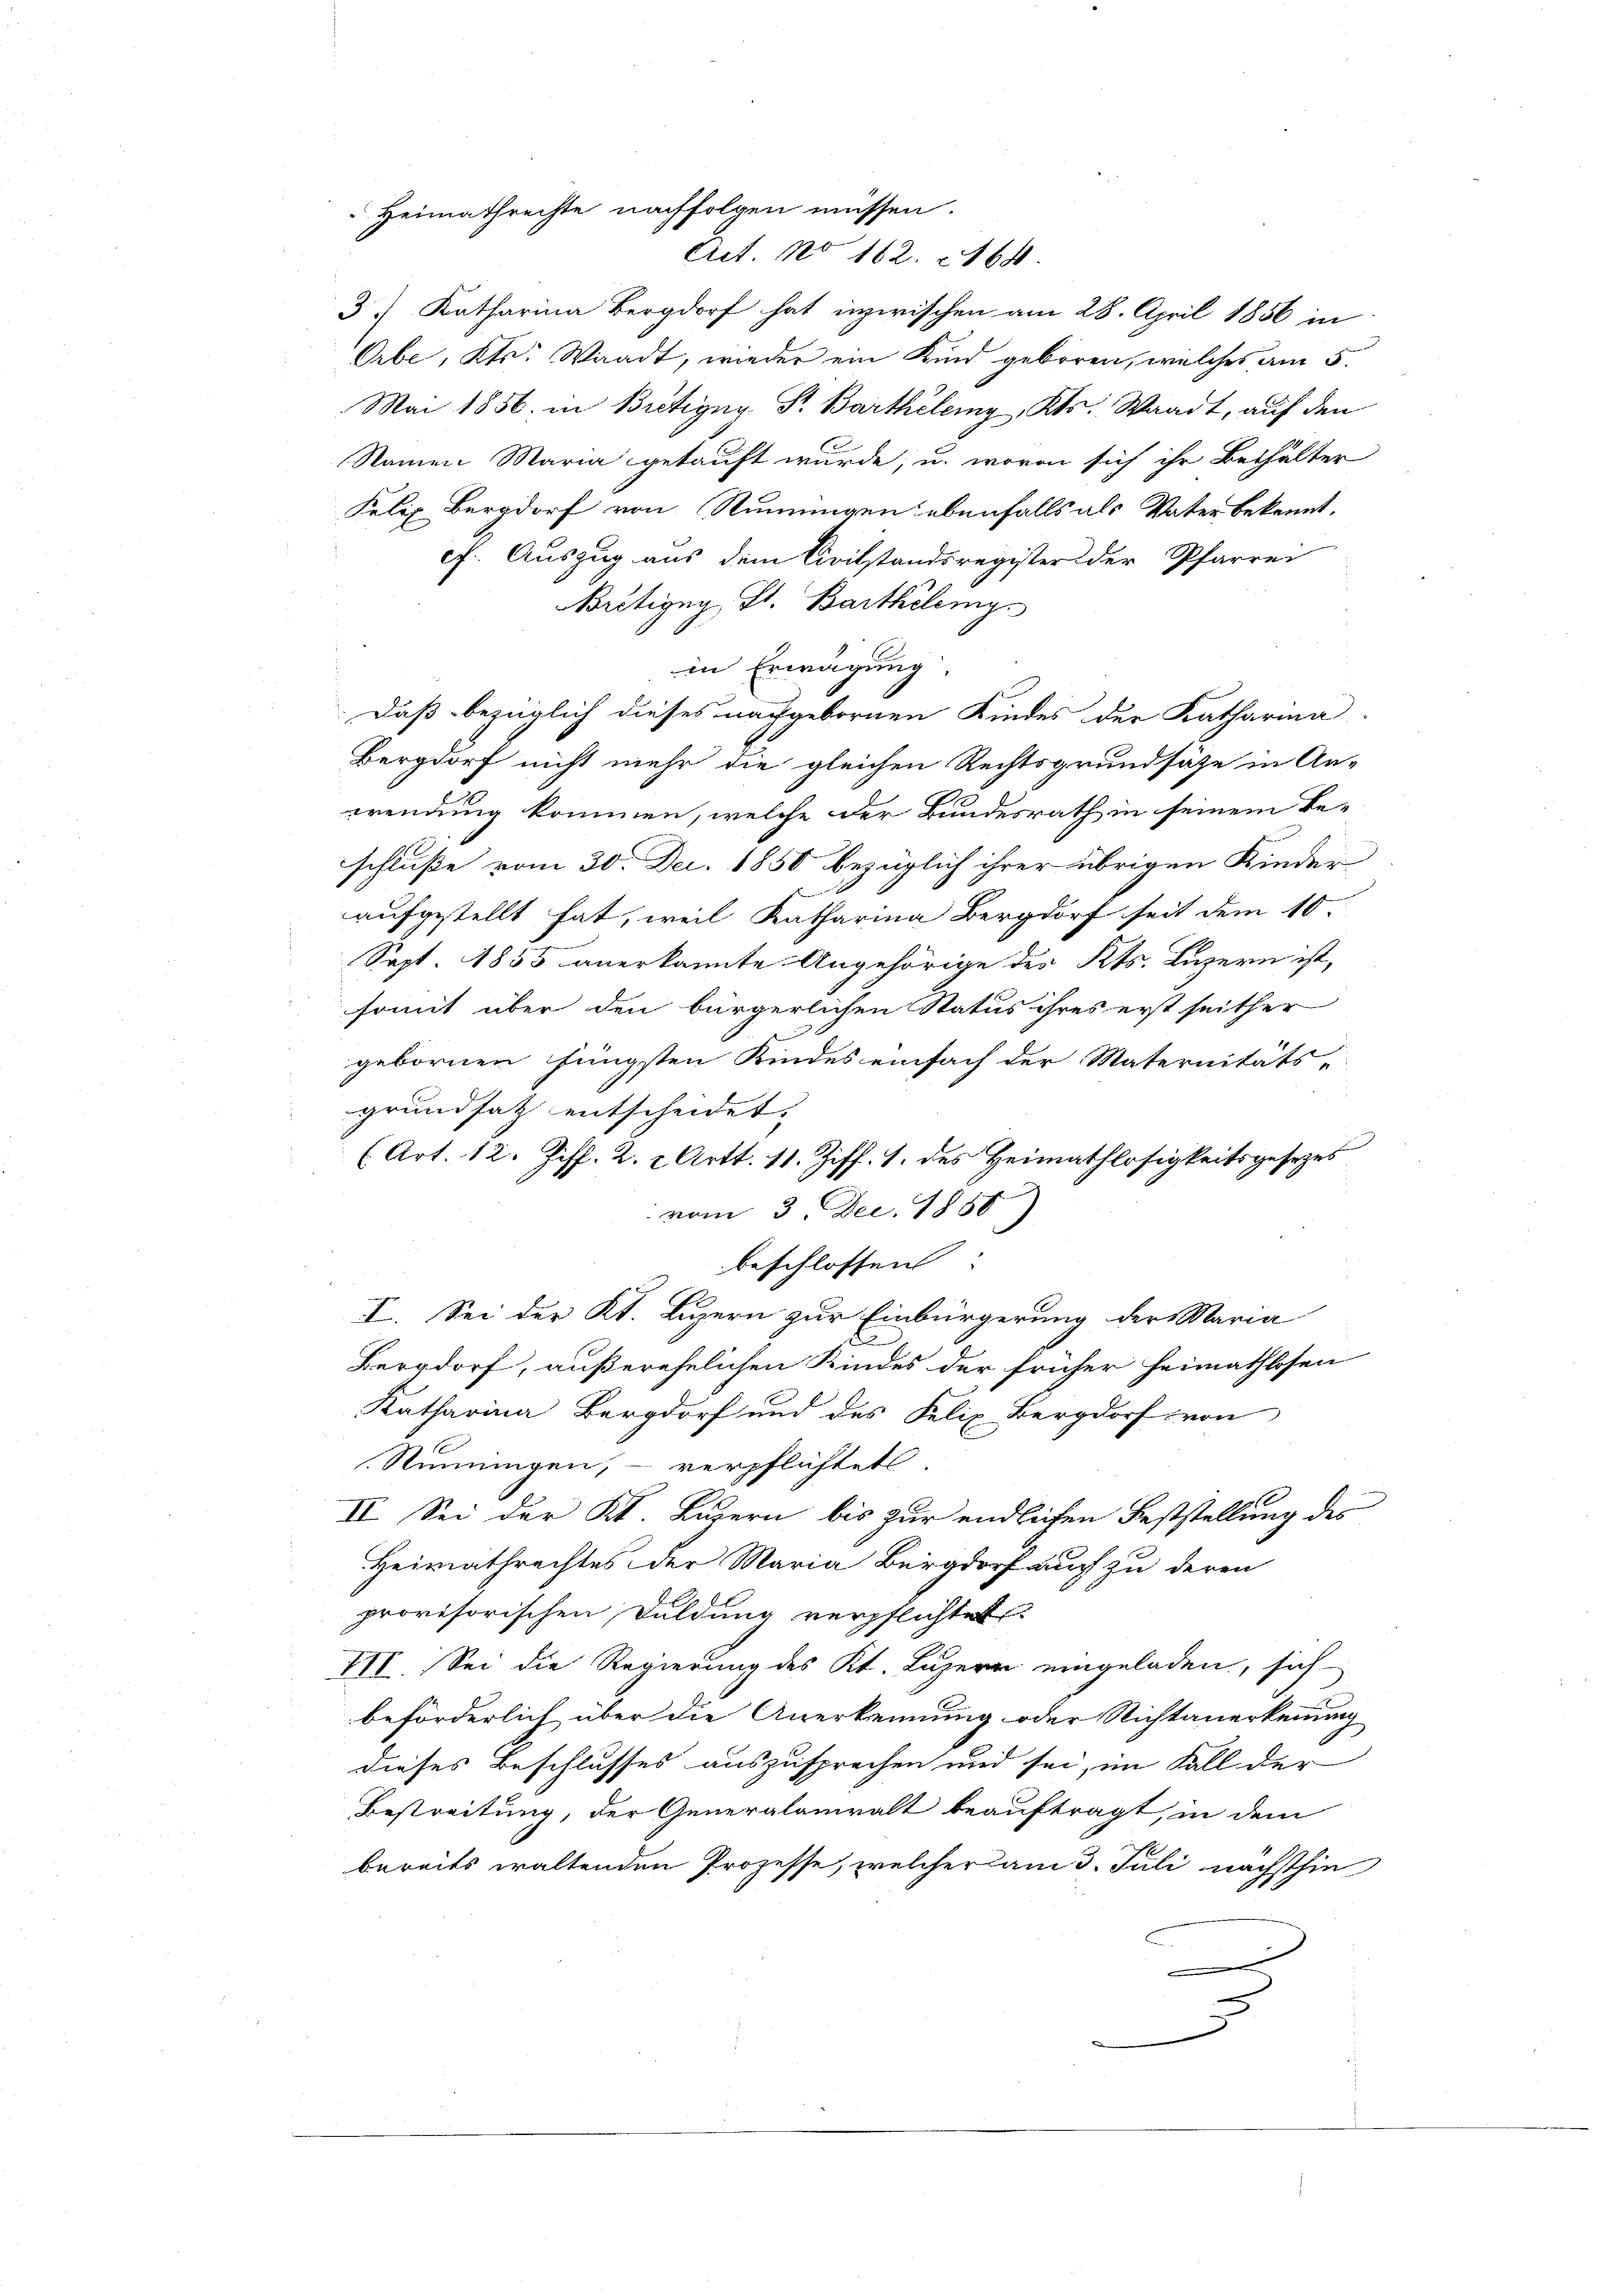
Act. No 162. 164.
3) Katharina Bergdorf hat inzwischen am 28. April 1856 in
Orbe, Kts. Waadt, wieder ein Kind geboren, welches am 5.
Mai 1856. in Britigny, St. Barthélemy, Kts. Waadt, auf den
Namen Maria gekauft wurde; u. wovon sich ihr Bethälter
Felix Burgdorf von Numungen ebenfalls als Vater bekannt,
cf. Auszug aus dem Civilstandsregister der Pfarrer
Brctigny St. Bartheleng
in Erwägung.
Daß bezüglich dieses nachgebornen Kindes der Katharina
Bergdorf nicht mehr die gleichen Rechtsgrundsätze in An-
wendung kommen, welche der Bundesrath in seinem Be-
schluße vom 30. Dec. 1850 bezüglich ihrer übrigen Kinder
d
aufgestellt hat, weil Katharina Bergdorf seit dem 10.
Sept. 1855 anerkannte Angehörige des Kts. Luzern ist,
somit über den bürgerlichen Status ihres erst seither
gebornen jüngsten Kindes einfach der Maternitäts-
grundsatz entscheidet.
(Art. 12. Ziff. 2. 2 Art. 11. Ziff. 1. des Heimathlosigkeitsgesezes
num 3 Dec. 1888
beschlossen.
I. Sei der Kt. Luzern zur Einbürgerung der Maria
b
Bergdorf, außerehelichen Kindes der früher heimathlosen
Katharina Bergdorf und des Felix Bergdorf von
Sumungen, verpflichtet.
II. Sei der Kt. Luzern bis zur endlichen Feststellung des
Heimathrechtes der Maria Burgdorf auch zu deren
provisorischen Duldung verpflichtet
VII. Sei die Regierung des Kt. Luzern eingeladen, sich
beförderlich über die Anerkennung oder Nichtanerkennung
dieses Beschlusses auszusprechen und sei, im Fall der
Bestreitung, der Generalanwalt beauftragt, in dem
bereits waltenden Prozesse, welcher am 3. Juli nächsthin

Heimathrechte nachfolgen müssen.